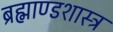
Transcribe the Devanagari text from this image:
ब्रह्माण्डशास्त्र